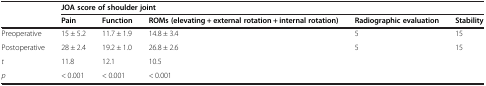
<table><thead><tr><td><b> </b></td><td colspan="5"><b>JOA score of shoulder joint</b></td></tr><tr><td><b> </b></td><td><b>Pain</b></td><td><b>Function</b></td><td><b>ROMs (elevating + external rotation + internal rotation)</b></td><td><b>Radiographic evaluation</b></td><td><b>Stability</b></td></tr></thead><tbody><tr><td>Preoperative</td><td>15 ± 5.2</td><td>11.7 ± 1.9</td><td>14.8 ± 3.4</td><td>5</td><td>15</td></tr><tr><td>Postoperative</td><td>28 ± 2.4</td><td>19.2 ± 1.0</td><td>26.8 ± 2.6</td><td>5</td><td>15</td></tr><tr><td><i>t</i></td><td>11.8</td><td>12.1</td><td>10.5</td><td> </td><td> </td></tr><tr><td><i>p</i></td><td>&lt; 0.001</td><td>&lt; 0.001</td><td>&lt; 0.001</td><td> </td><td> </td></tr></tbody></table>